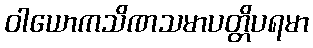
ဝါယောကသိဏသမာပတ္တိပရမာ